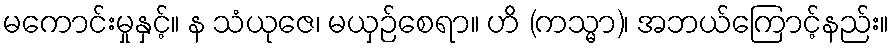
မကောင်းမှုနှင့်။ န သံယုဇေ၊ မယှဉ်စေရာ။ ဟိ (ကသ္မာ)၊ အဘယ်ကြောင့်နည်း။